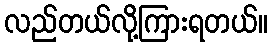
လည်တယ်လို့ကြားရတယ်။